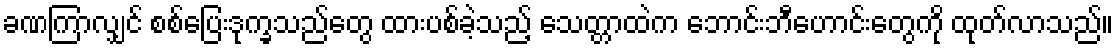
ခဏကြာလျှင် စစ်ပြေးဒုက္ခသည်တွေ ထားပစ်ခဲ့သည့် သေတ္တာထဲက ဘောင်းဘီဟောင်းတွေကို ထုတ်လာသည်။